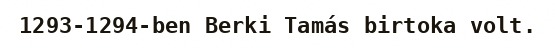
1293-1294-ben Berki Tamás birtoka volt.